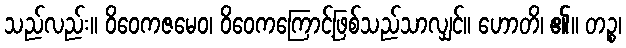
သည်လည်း။ ဝိဝေကဇမေဝ၊ ဝိဝေကကြောင့်ဖြစ်သည်သာလျှင်။ ဟောတိ၊ ၏။ တဉ္စ၊